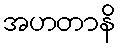
အဟတာနိ